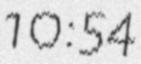
10:54